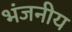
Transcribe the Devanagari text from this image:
भंजनीय